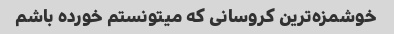
خوشمزه‌ترین کروسانی که میتونستم خورده باشم